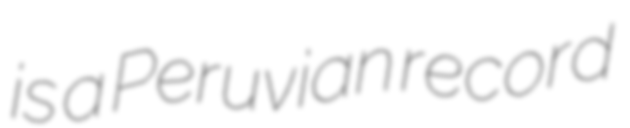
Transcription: is a Peruvian record